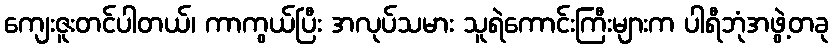
ကျေးဇူးတင်ပါတယ်၊ ကာကွယ်ပြီး အလုပ်သမား သူရဲကောင်းကြီးများက ပါရီဘုံအဖွဲ့တခု